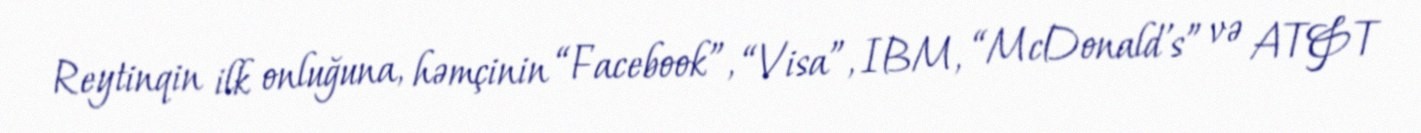
Reytinqin ilk onluğuna, həmçinin “Facebook”, “Visa”, IBM, “McDonald's” və AT&T